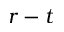
r - t